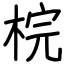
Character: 梡